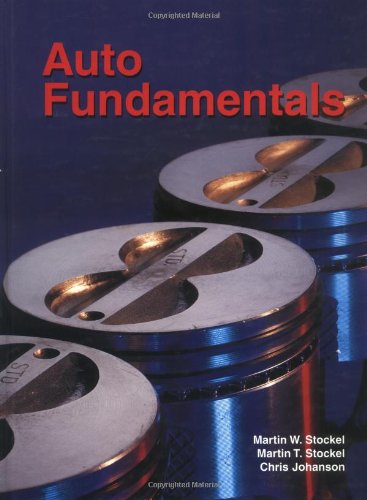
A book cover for Auto Fundamentals: How and Why of the Design, Construction, and Operation of Automobiles : Applicable to All Makes of and Models; Martin T. Stockel; Test Preparation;